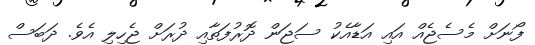
ފޯނަށް މެސެޖެއް އައި އަޑާއެކު ސަޖަން ދޮރުފަތާއި ދުރަށް ޖެހިލި އެވެ. ދަބަސް